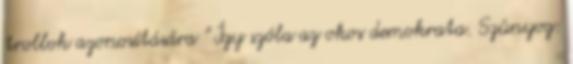
trollok azonosítására " Így szóla az okos demokrata. Szúnyog: